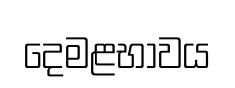
දෙමළභාවය